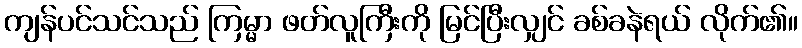
ကျန်ပင်သင်သည် ကြမ္မာ ဖတ်လူကြီးကို မြင်ပြီးလျှင် ခစ်ခနဲရယ် လိုက်၏။